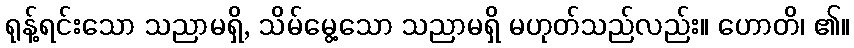
ရုန့်ရင်းသော သညာမရှိ, သိမ်မွေ့သော သညာမရှိ မဟုတ်သည်လည်း။ ဟောတိ၊ ၏။